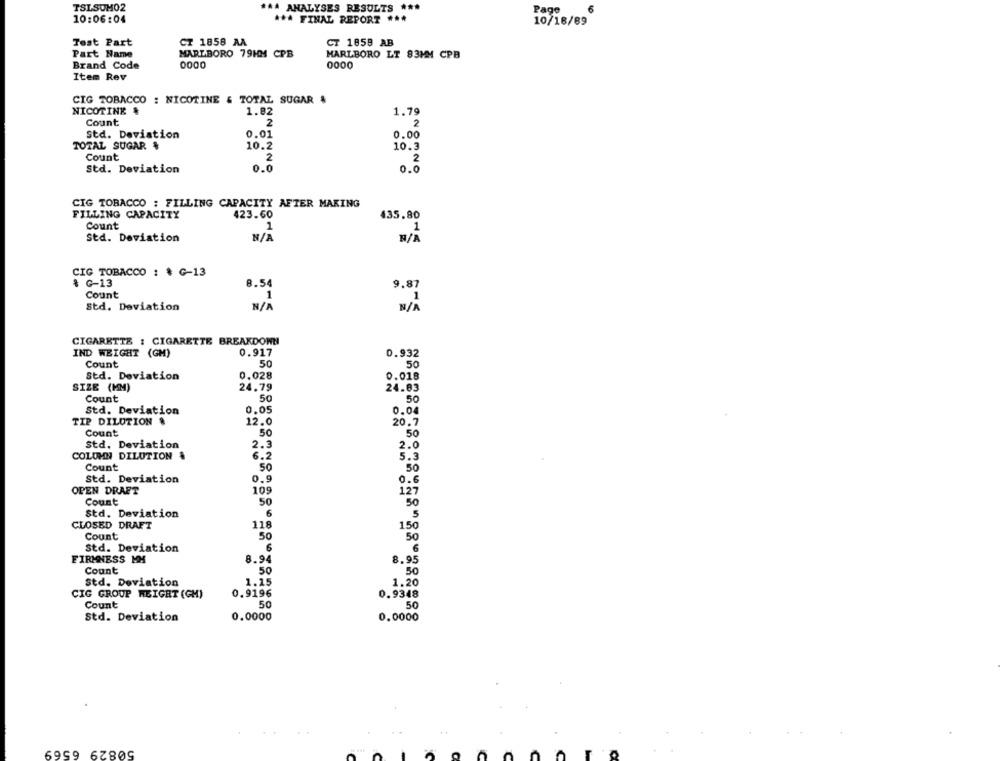
TSLSUM02
*** ANALYSES RESULTS ***
Page
6
10:06:04
*** FINAL REPORT ***
10/18/89
Test Part
CT 1858 AA
CT 1859 AB
Part Name
MARLBORO 79HM CPB
MARLBORO LT 83MM CPB
Brand Code
0000
0000
Item Rev
CIG TOBACCO : NICOTINE & TOTAL SUGAR &
NICOTINE &
1.82
1.79
Count
2
2
Std. Deviation
0.01
0.00
TOTAL SUGAR &
10.2
10.3
Count
2
2
Std. Deviation
0.0
0.0
CIG TOBACCO : FILLING CAPACITY AFTER MAKING
FILLING CAPACITY
423.60
$35.80
Count
1
1
Std. Deviation
CIG TOBACCO : * G-13
& C-13
8.54
9.87
Count
1
Std. Deviation
CIGARETTE : CIGARETTE BREAKDOWN
IND WEIGHT (GM)
0.917
0.932
Count
50
50
Std. Deviation
0.028
0.018
SIZE (MM)
24.79
24.03
Count
50
50
Std. Deviation
0.05
0.04
TIP DILUTION &
12.0
20.7
Count
50
50
std. Deviation
2.3
2.0
COLUMN DILUTION &
6.2
5.3
Count
50
50
Std. Deviation
0.9
OPEN DRAFT
109
127
Count
50
50
Std. Deviation
6
5
CLOSED DRAFT
118
150
Count
50
50
Std. Deviation
6
FIRMNESS MH
8.94
8.95
Count
50
50
Std. Deviation
1.15
1.20
0.9196
0.9348
CIG GROUP WEIGHT (GH)
Count
50
Std. Deviation
0.0000
0.0000
50829 6569